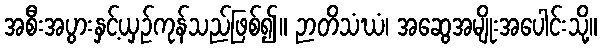
အစီးအပွားနှင့်ယှဉ်ကုန်သည်ဖြစ်၍။ ဉာတိသံဃံ၊ အဆွေအမျိုးအပေါင်းသို့။